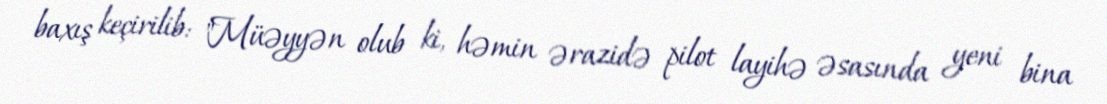
baxış keçirilib: "Müəyyən olub ki, həmin ərazidə pilot layihə əsasında yeni bina